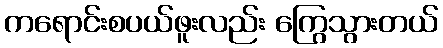
ကရောင်းစပယ်ဖူးလည်း ကြွေသွားတယ်